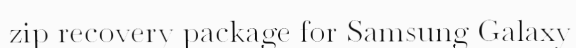
zip recovery package for Samsung Galaxy